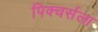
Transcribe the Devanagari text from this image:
पिक्चर्सला